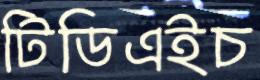
টিডিএইচ